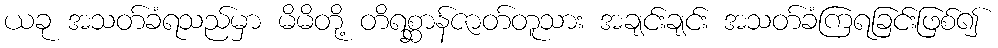
ယခု အသတ်ခံရသည်မှာ မိမိတို့ တိရစ္ဆာန်ဇာတ်တူသား အချင်းချင်း အသတ်ခံကြရခြင်းဖြစ်၍